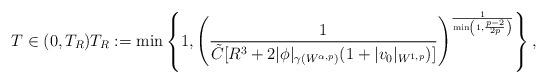
LaTeX: \begin{align*}T\in(0,T_R)T_R:= \min\left\{1,\left(\frac{1}{\tilde C[R^3 + 2|\phi |_{\gamma (W^{\alpha ,p})}(1+|v_0|_{W^{1,p}})]}\right)^{\frac{1}{\min\left(1,\frac{p-2}{2p}\right)}}\right\},\end{align*}